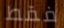
فقط